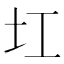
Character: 𡉎